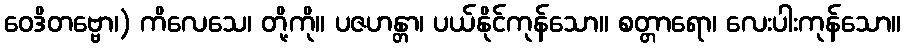
ဝေဒိတဗ္ဗော၊) ကိလေသေ၊ တို့ကို။ ပဇဟန္တာ၊ ပယ်နိုင်ကုန်သော။ စတ္တာရော၊ လေးပါးကုန်သော။